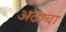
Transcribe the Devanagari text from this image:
अठावा